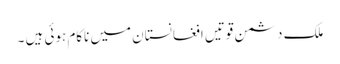
ملک دشمن قوتیں افغانستان میں ناکام ہوئی ہیں ۔